Vaccination in the Punjab 1883-1896 - 1883-1896
Year: 1883
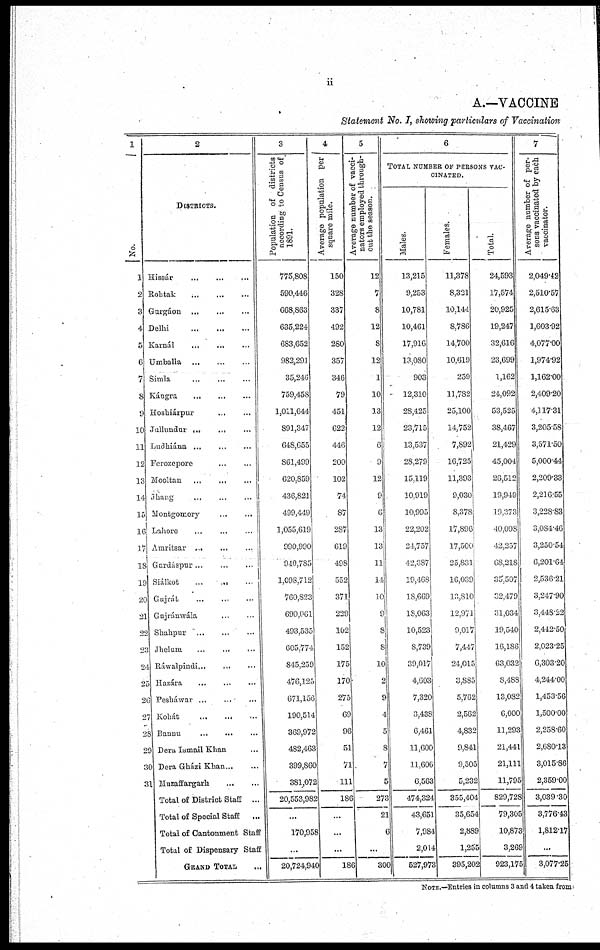
ii
A.—VACCINE
Statement No. I, showing particulars of Vaccination
1
1
2
3
4
5
6
7
8
9
10
11
12
13
14
15
16
17
18
10
20
21
22
23
24
25
26
27
28
29
30
31
2
DISTRICTS.
Hissár
...
...
...
Rohtak
...
...
...
Gurgáon
...
...
...
Delhi
...
...
...
Karnál
...
...
...
Umballa
...
...
...
Simla ... ... ...
Kángra ... ... ...
Hoshiárpur ... ... ...
Jullundur ... ... ...
Ludhiána
...
...
...
Ferozepore
...
...
Mooltan
...
...
...
Jhang ... ... ...
Montgomory
...
...
Lahore
...
...
...
Amntsar
...
...
...
Gurdáspur
...
...
...
Srálkot ... ... ...
Gujrát ... ... ...
Gujránwála
...
...
Shahpur ... ... ...
Jhelum
...
...
...
Ráwalpindi
...
...
...
Hazára
...
...
...
Pesháwar
...
...
...
Kohát
...
...
...
Bannu
...
...
...
Dera Ismail Khan ...
Dera Gházi Khan ... ...
Muzaffargarh
...
...
Total of District Staff ...
Total of Special Staff
...
Total of Cantonment Staff
Total of Dispensary Staff
GRAND TOTAL
3
Population of districts
according to Census of
1891.
775,808
590,446
668,863
635,224
683,652
982,291
35,246
759,458
1,011,644
891,347
648,655
861,499
620,859
436,821
499,449
1,055,619
990,990
940,785
1,098,712
760,823
690,061
493,535
605,774
845,259
476,125
671,156
190,514
369,972
482,461
399,860
381,072
20,553,982
...
170,955
...
20,724,940
4
Average population per
square mile.
150
328
337
492
280
357
346
79
451
622
446
200
102
74
87
287
619
498
552
371
229
102
152
175
170
275
69
96
51
71
111
186
...
...
...
186
5
Average number of vacci-
nators employed through-
out the season.
12
7
8
12
8
12
1
10
33
12
6
9
12
9
6
13
13
11
14
10
9
8
8
10
2
9
4
5
8
7
5
273
21
6
...
300
6
TOTAL NUMBER OF PERSONS VAC-
-------.
Males.
13,215
9,253
10,781
10,461
17,916
13,080
903
12,310
28,425
23,715
13,537
28,279
15,119
10,919
10,995
22,202
21,757
42,387
19,468
18,669
18,063
10,523
8,739
39,017
4,603
7,320
3,438
6,461
11,600
11,606
6,563
474,324
43,651
7,984
2,014
527,973
Females.
11,378
8,321
10,144
8,786
14,700
10,619
259
11,732
25,100
14,752
7,892
16,725
11,393
9,030
8,378
17,896
17,500
25,831
16,039
13,810
12,971
9,017
7,447
24,015
3,885
5,762
2,562
4,832
9,841
9,505
5,232
355,404
35,654
2,889
1,255
395,202
Total.
24,593
17,574
20,925
19,247
32,616
23,699
1,162
24,092
53,525
38,467
21,429
45,004
26,512
19,949
19,373
40,098
42,257
68,218
35,507
32,479
31,034
39,540
16,186
63,032
8,488
13,082
6,000
11,293
21,441
21,111
11,795
829,728
79,305
10,873
3,269
923,175
7
Average number of per-
sons vaccinated by each
vaccinator.
2,049.42
2,510.57
2,615.63
1,603.92
4,077.00
1,974.92
1,162.00
2,409.20
4,117.31
3,205.58
3,571.50
5,000.44
2,209.33
2,216.55
3,228.83
3,084.46
3,250.54
6,201.64
2,536.21
3,247.90
3,448.22
2,442.50
2,023.25
6,303.20
4,244.00
1,453.56
1,500.00
2,258.60
2,680.13
3,015.86
2,359.00
3,039.30
3,776.43
1,812.17
...
3,077.25
NOTE.—Entries in columns 3 and 4 taken from